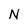
Character: N